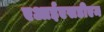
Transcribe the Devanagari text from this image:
एआईएसडीएम